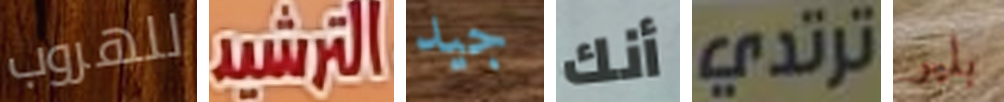
للهروب الترشيد جيد أنك ترتدي بلير